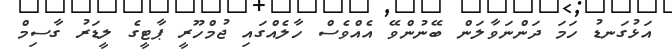
އަޅުގަނޑު ހަމަ ދަންނަވާލަން ބޭނުންވޭ އެއްވެސް ހާލެއްގައި ޖުމްހޫރީ ޕާޓީގެ ލީޑަރު ގާސިމް